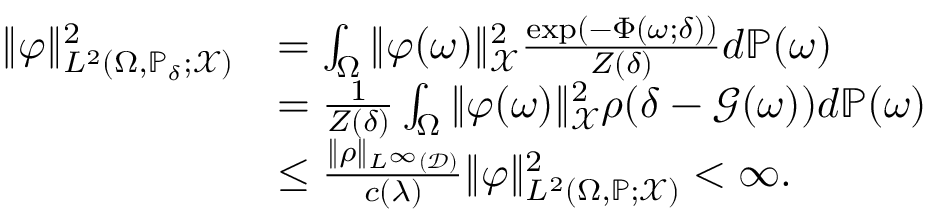
\begin{array} { r l } { \| \varphi \| _ { L ^ { 2 } ( \Omega , \mathbb { P } _ { \delta } ; \mathcal { X } ) } ^ { 2 } } & { = \int _ { \Omega } \| \varphi ( \omega ) \| _ { \mathcal { X } } ^ { 2 } \frac { \exp \left( - \Phi ( \omega ; \delta ) \right) } { Z ( \delta ) } d \mathbb { P } ( \omega ) } \\ & { = \frac { 1 } { Z ( \delta ) } \int _ { \Omega } \| \varphi ( \omega ) \| _ { \mathcal { X } } ^ { 2 } \rho ( \delta - \mathcal { G } ( \omega ) ) d \mathbb { P } ( \omega ) } \\ & { \le \frac { \| \rho \| _ { L ^ { \infty } ( \mathcal { D } ) } } { c ( \lambda ) } \| \varphi \| _ { L ^ { 2 } ( \Omega , \mathbb { P } ; \mathcal { X } ) } ^ { 2 } < \infty . } \end{array}